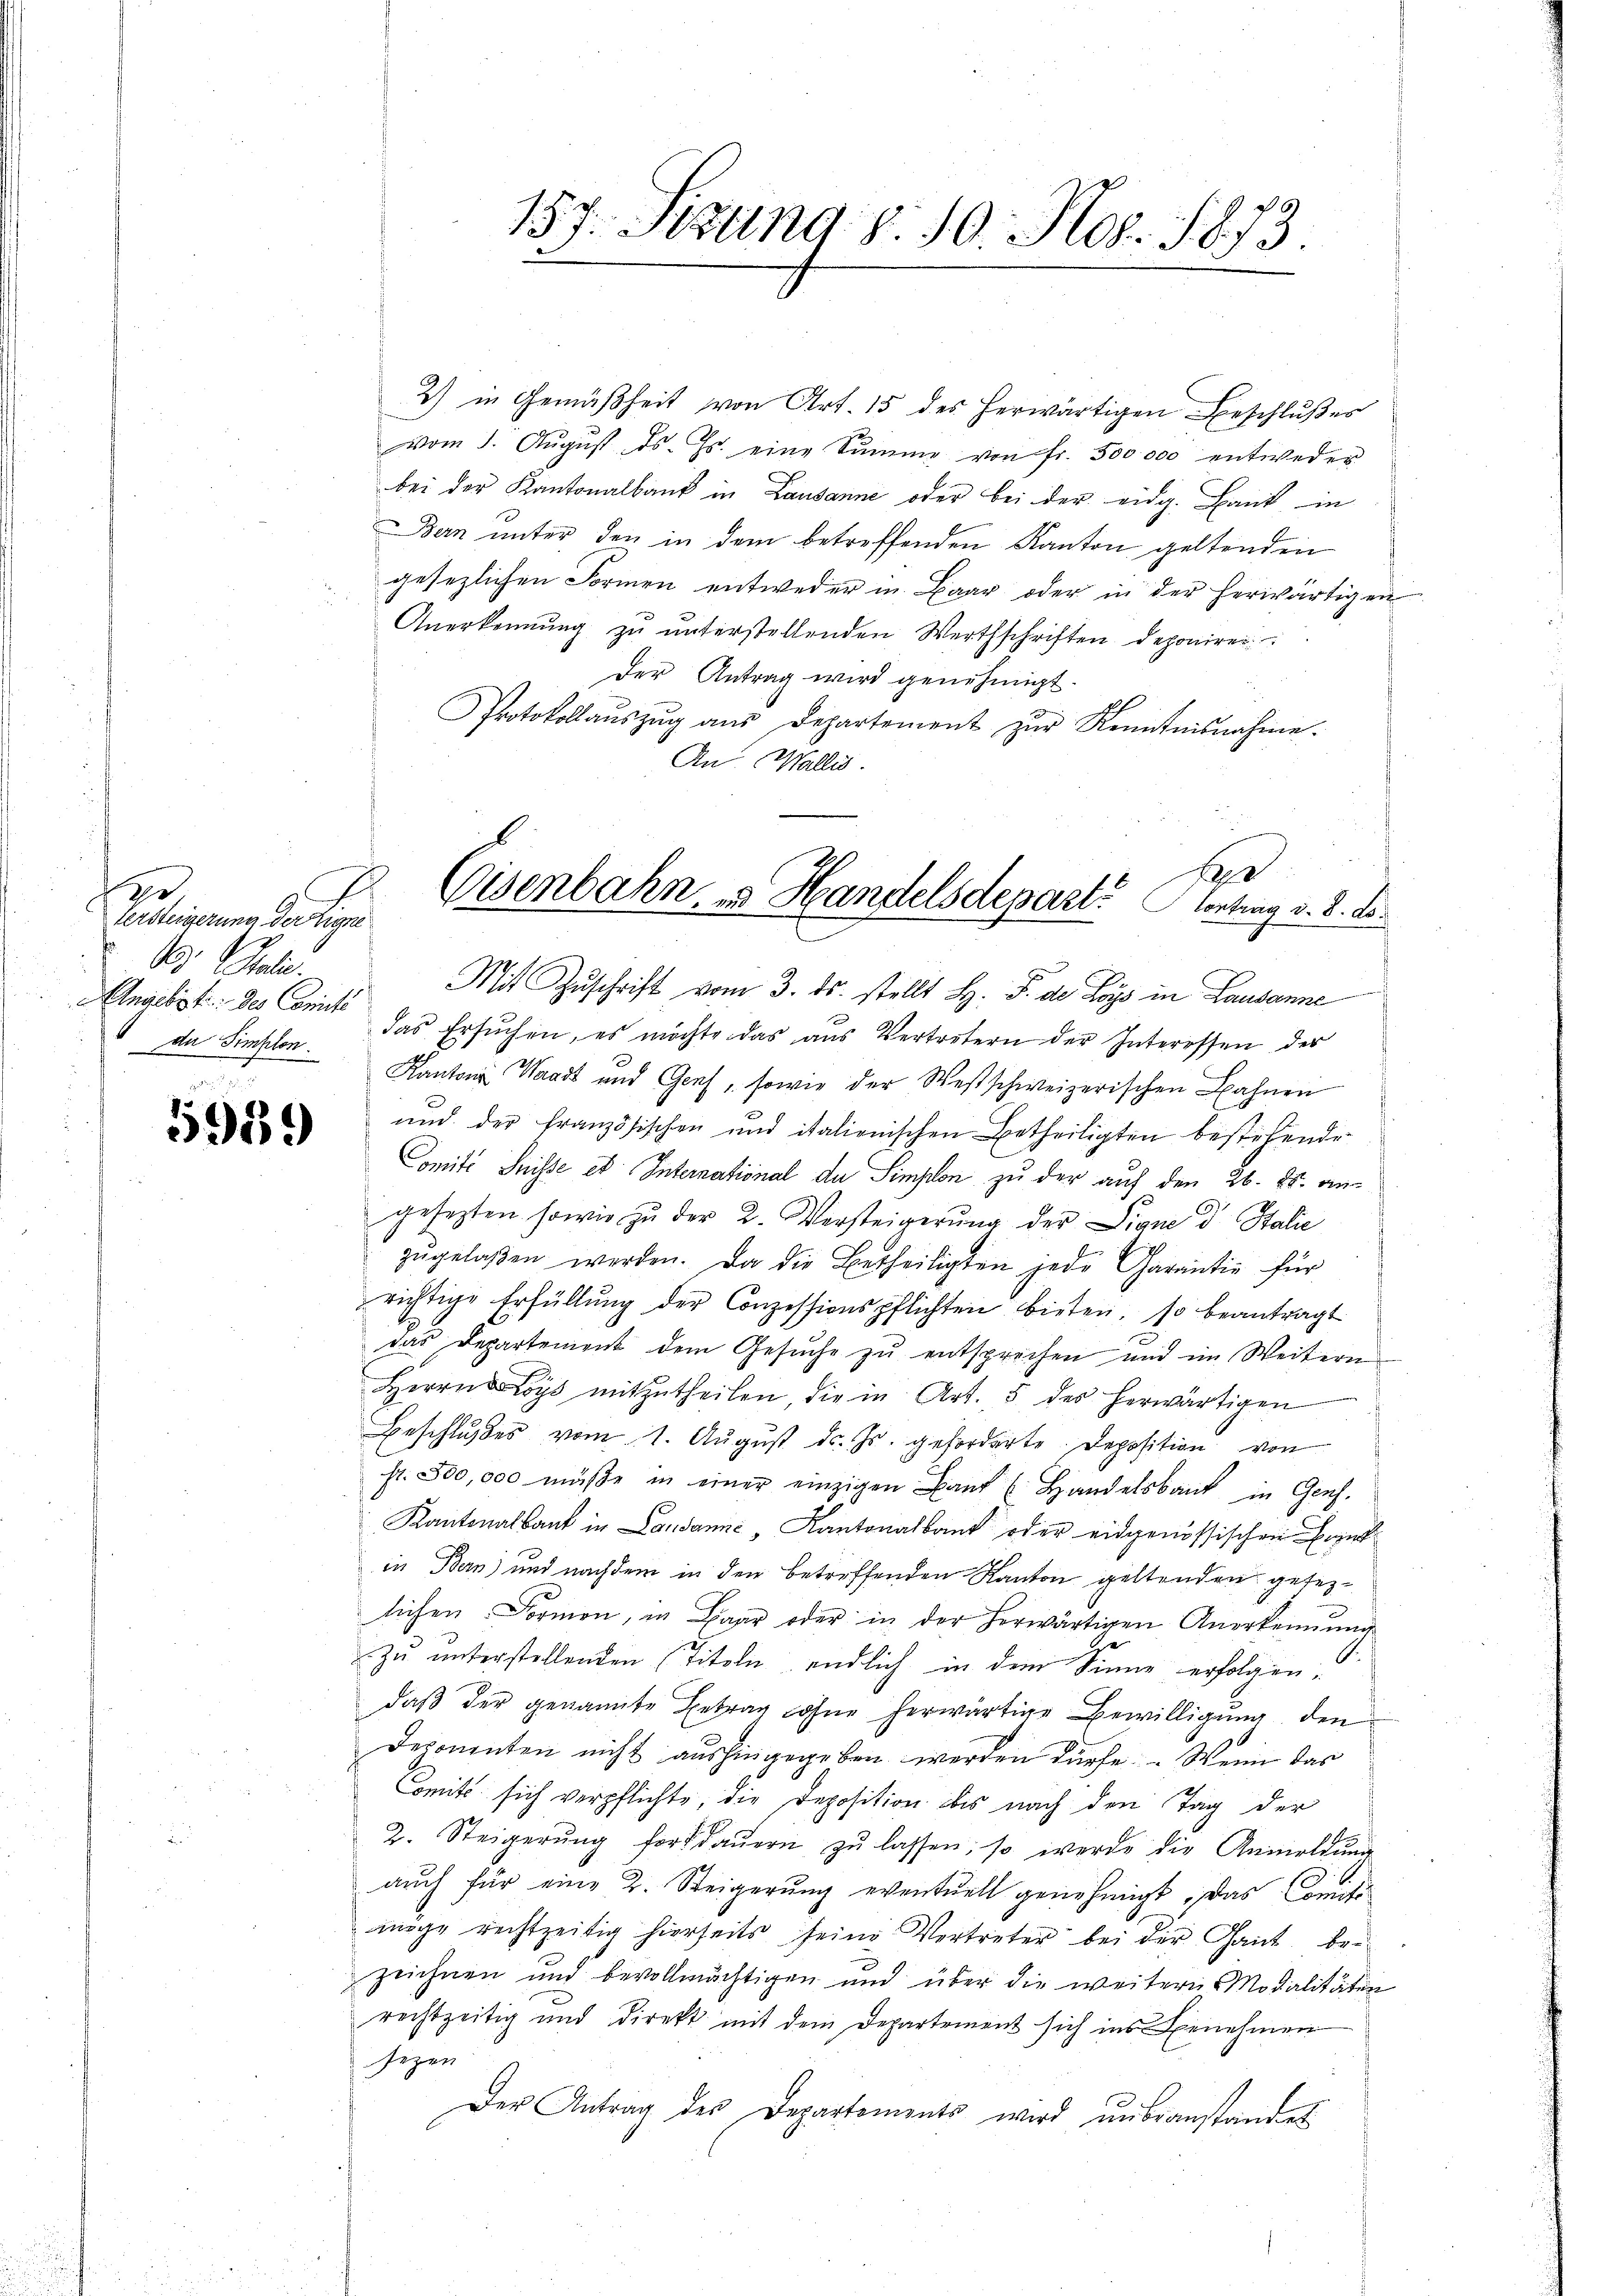
2
versteigerung der Eigne
G. Sali
Angebot des Concili
da Simplon

595)

2) in Gemäßheit von Art. 15 des herwärtigen Beschlußes
vom 1. Aŭgŭst ds. Js. eine Summe von fr. 500000 entweder
bei der Kantonalbank in Lausanne oder bei der eidg. Bank in
Bern unter den in dem betreffenden Kanton geltenden
gesezlichen Formen entweder in Baar oder in der herwärtigen
Anerkennung zu unterstellenden Werthschriften deponiren
Der Antrag wird genehmigt.
Protokollaŭszŭg aŭs Departement zŭr Kenntnisnahme.
An Wallis.

157. Neund 8. 10. S. 1873.

fer
Eisenbahn, u. Handelsdepart. Vortrag v. 8. d.

Mit Zŭschrift vom 3. ds. stellt H. F. der Loys in Lausanne
das Ersuchen, es möchte das aus Vertretern der Interessen des
Kanton Waadt und Genf, sowie der Westschweizerischen Bahnen
und der französischen und italienischen Betheiligten bestehende
Comité Suisse es International da Simplon zu der auf den 26. 28. angesezten sowie zu der 2. Versteigerŭng der Signe d Stalie
zugelaßen werden. Da die Betheiligten jede Garantie für
richtige Erfüllŭng der Conzessionspflichten bieten, so beantragt
das Departement dem Gesuche zu entsprechen und im Weiteren
Herrn Boys mitzŭtheilen die in Art. 5 des herwärtigen
Beschlußes vom 1. Aŭgŭst d. Js. geforderte Deposition von
st. 300,000 müße in einer einzigen Band u Handelsbank in Genf.
Kantonalbank in Lausanne, Kantonalbank oder eidgenössischen Bezug
in Bern) und nachdem in den betreffenden Kanton geltenden gesezlichen. Formen, in Baar oder in der herwärtigen Anerkennung
zŭ ŭnterstellenden (Titeln endlich in dem Sinne erfolgen.
daß der genannte Betrag ohne herwärtige Bewilligung, den
Deponenten nicht aushingegeben werden dürfe. Wenn das
omité sich verpflichte, die Deposition bis nach den Tag der
2. Steigerŭng fortdaŭern zŭ lassen, so werde die Anmeldŭng
auch für eine 2. Steigerung eventuell genehmigt. Das Comitimige rechtzeitig hierseits seine Vertreter bei der Gant, bezeichnen und bevollmächtigen und über die weiterer Modalitäten
rechtzeitig und direkt mit dem Departement sich ins Benehmen
sezen
Der Antrag des Departements wird ŭnbeanstandet